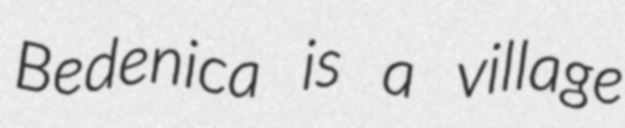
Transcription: Bedenica is a village